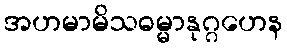
အဟမာမိသဓမ္မာနုဂ္ဂဟေန